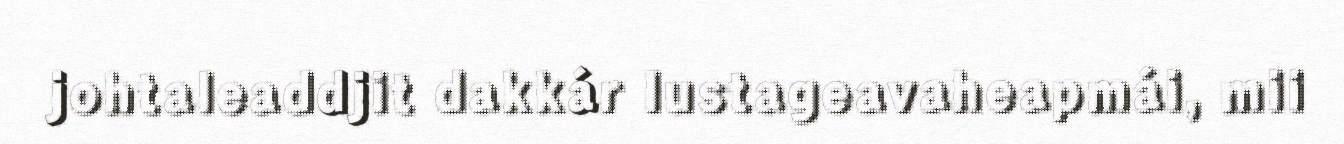
johtaleaddjit dakkár lustageavaheapmái, mii